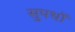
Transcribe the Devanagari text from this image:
सुपथों